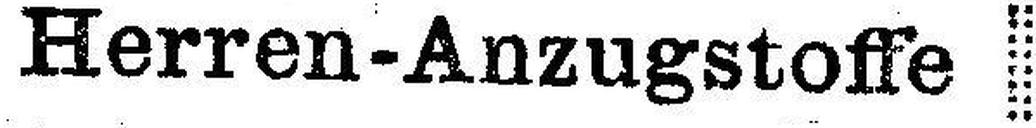
Herren-Anzugstoffe